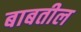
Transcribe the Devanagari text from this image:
बाबतील